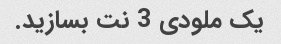
یک ملودی 3 نت بسازید.